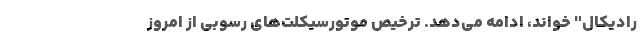
رادیکال" خواند، ادامه می‌دهد. ترخیص موتورسیکلت‌های رسوبی از امروز